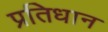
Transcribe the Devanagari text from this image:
प्रतिधान